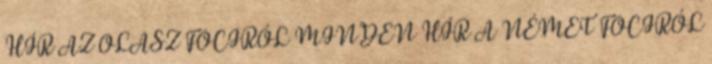
HÍR AZ OLASZ FOCIRÓL MINDEN HÍR A NÉMET FOCIRÓL